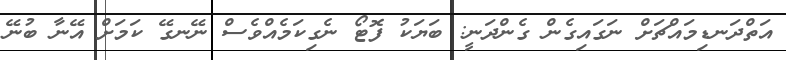
އަތްދަނޑިމައްޗަށް ނަގައިގެން ގެންދަނީ: ބަޔަކު ފޮޓޯ ނެގިކަމެއްވެސް ނޭނގޭ ކަމަށް އޭނާ ބުނޭ